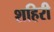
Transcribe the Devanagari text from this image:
शहिरी